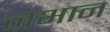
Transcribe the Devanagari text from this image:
जभान